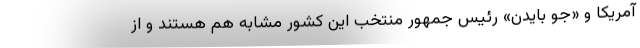
آمریکا و «جو بایدن» رئیس جمهور منتخب این کشور مشابه هم هستند و از